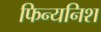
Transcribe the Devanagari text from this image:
फिन्यनिश